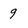
Character: 9